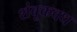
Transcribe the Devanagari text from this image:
शंबूकवध